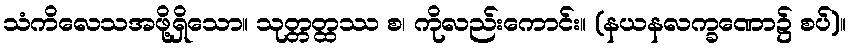
သံကိလေသအဖို့ရှိသော။ သုတ္တတ္ထဿ စ၊ ကိုလည်းကောင်း။ (နယနလက္ခဏော၌ စပ်)။